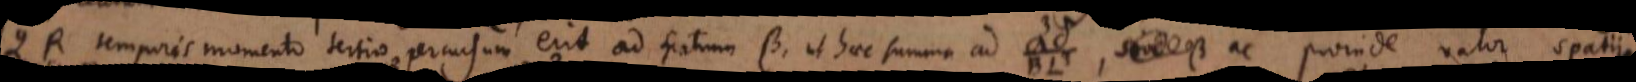
QR temporis momento tertio percursum erit ad spatium β, ut haec summa ad _, sive β ac proinde valor spatii